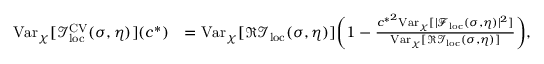
\begin{array} { r l } { \mathrm { V a r } _ { \chi } [ \mathcal { I } _ { \mathrm { l o c } } ^ { \mathrm { C V } } ( \sigma , \eta ) ] ( c ^ { * } ) } & { = \mathrm { V a r } _ { \chi } [ \Re \mathcal { I } _ { \mathrm { l o c } } ( \sigma , \eta ) ] \bigg ( 1 - \frac { { c ^ { * } } ^ { 2 } \mathrm { V a r } _ { \chi } [ | \mathcal { F } _ { \mathrm { l o c } } ( \sigma , \eta ) | ^ { 2 } ] } { \mathrm { V a r } _ { \chi } [ \Re \mathcal { I } _ { \mathrm { l o c } } ( \sigma , \eta ) ] } \bigg ) , } \end{array}